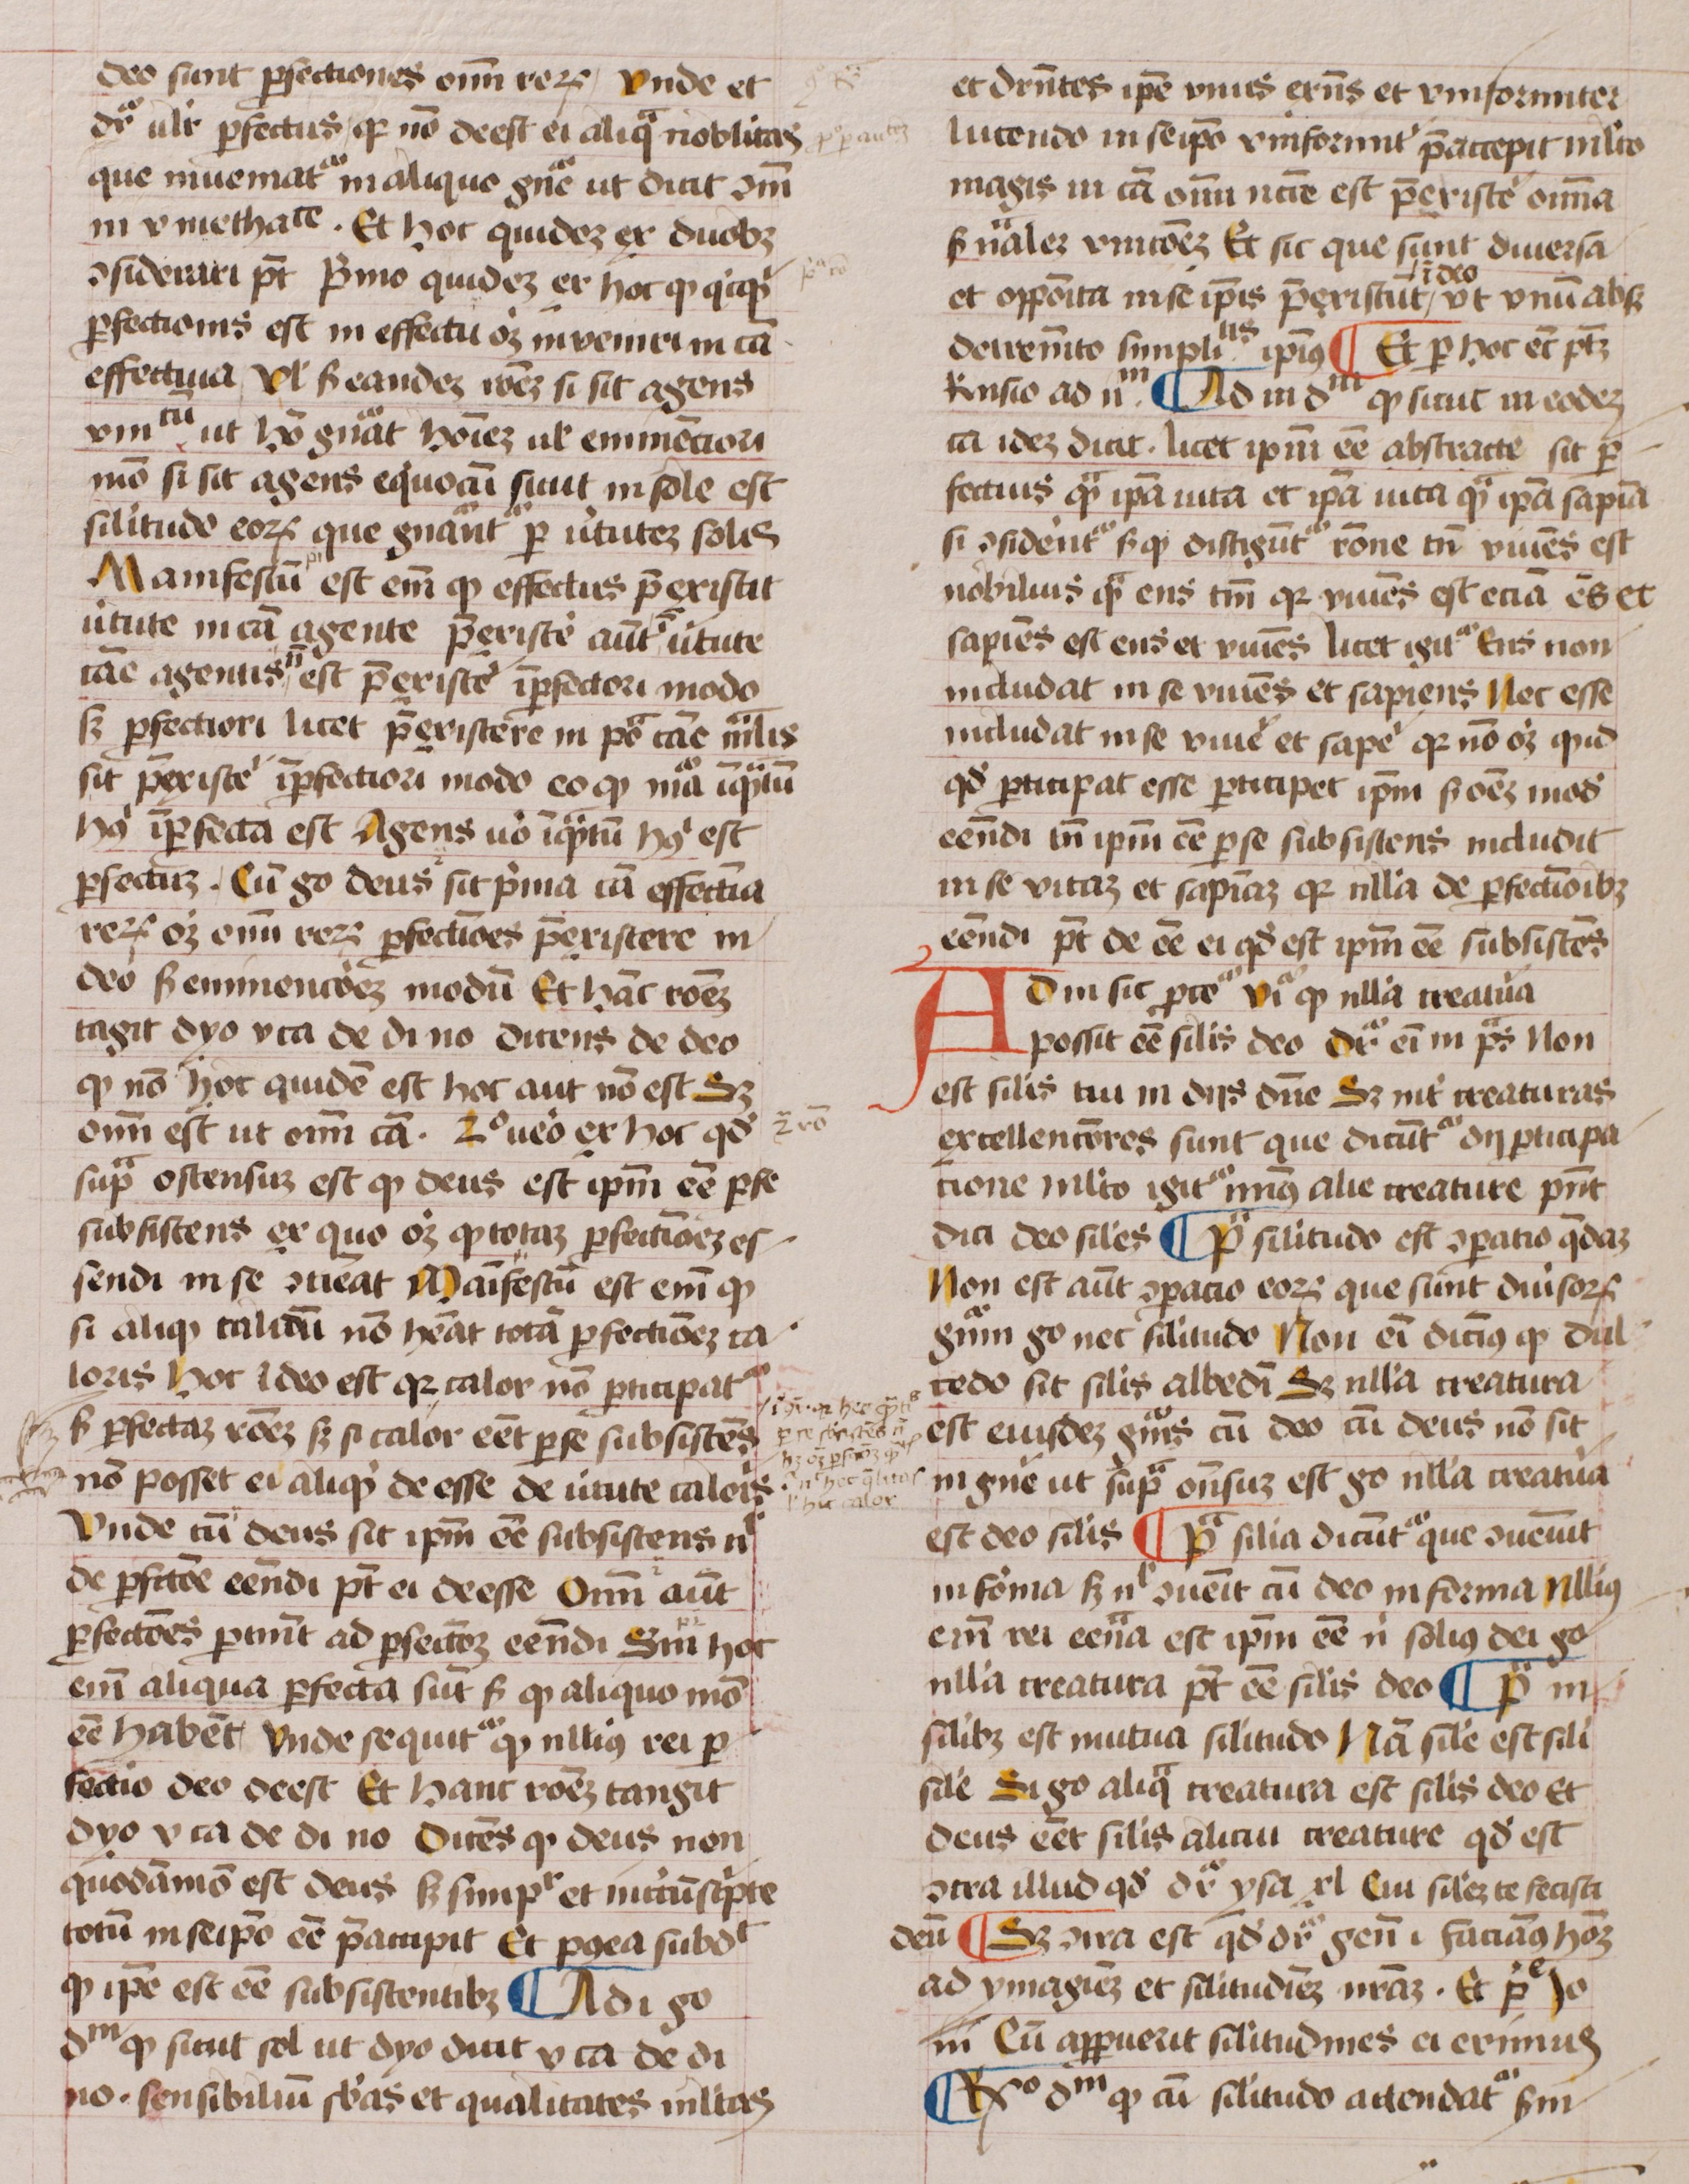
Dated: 1450–1474